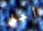
أجل